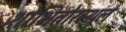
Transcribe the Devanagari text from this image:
शोभितोरस्थलं